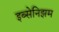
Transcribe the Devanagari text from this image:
इब्सेनिझम